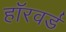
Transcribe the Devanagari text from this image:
हॉरवर्ड